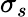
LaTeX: \sigma_{s}